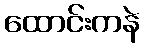
ထောင်းကနဲ